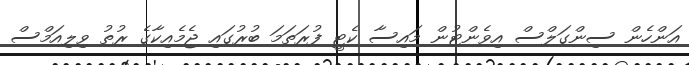
އަންހެން ސިންގަލްސް އިވެންޓުން މައިސާ ކެޓީ ފުރަތަމަ ބުރުގައި ޖެމެއިކާގެ ރުތު ވިލިއަމްސް